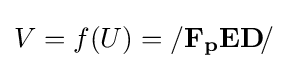
V=f(U)=/\mathbf {F_{p}ED} \!/